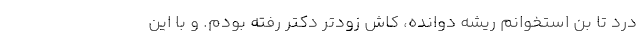
درد تا بُن استخوانم ریشه دوانده، کاش زودتر دکتر رفته بودم. و با این